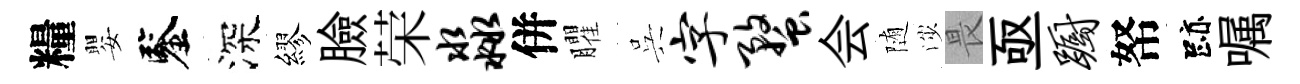
糧嬰鑒深繆臉荣淼併臞呉字蝥会随渉畏亟蹰帑跡嘱